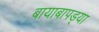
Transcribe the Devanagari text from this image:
बायाबापड्या